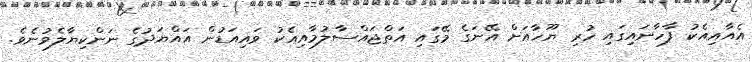
އެއާއިއެކު ފާހާނައިގައި ހުރި ޔޫހާއަށް އޭނަގެ މޭގައި އަތްޖައްސާލުމާއިއެކު ވައިއަޑުން އައްޔަދުގެ ނަންކިޔާލެވުނެވެ.